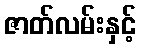
ဇာတ်လမ်းနှင့်